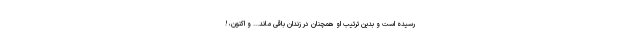
رسیده است و بدین ترتیب او همچنان در زندان باقی ماند... و اکنون، !